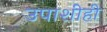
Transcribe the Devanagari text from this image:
उपाशीही